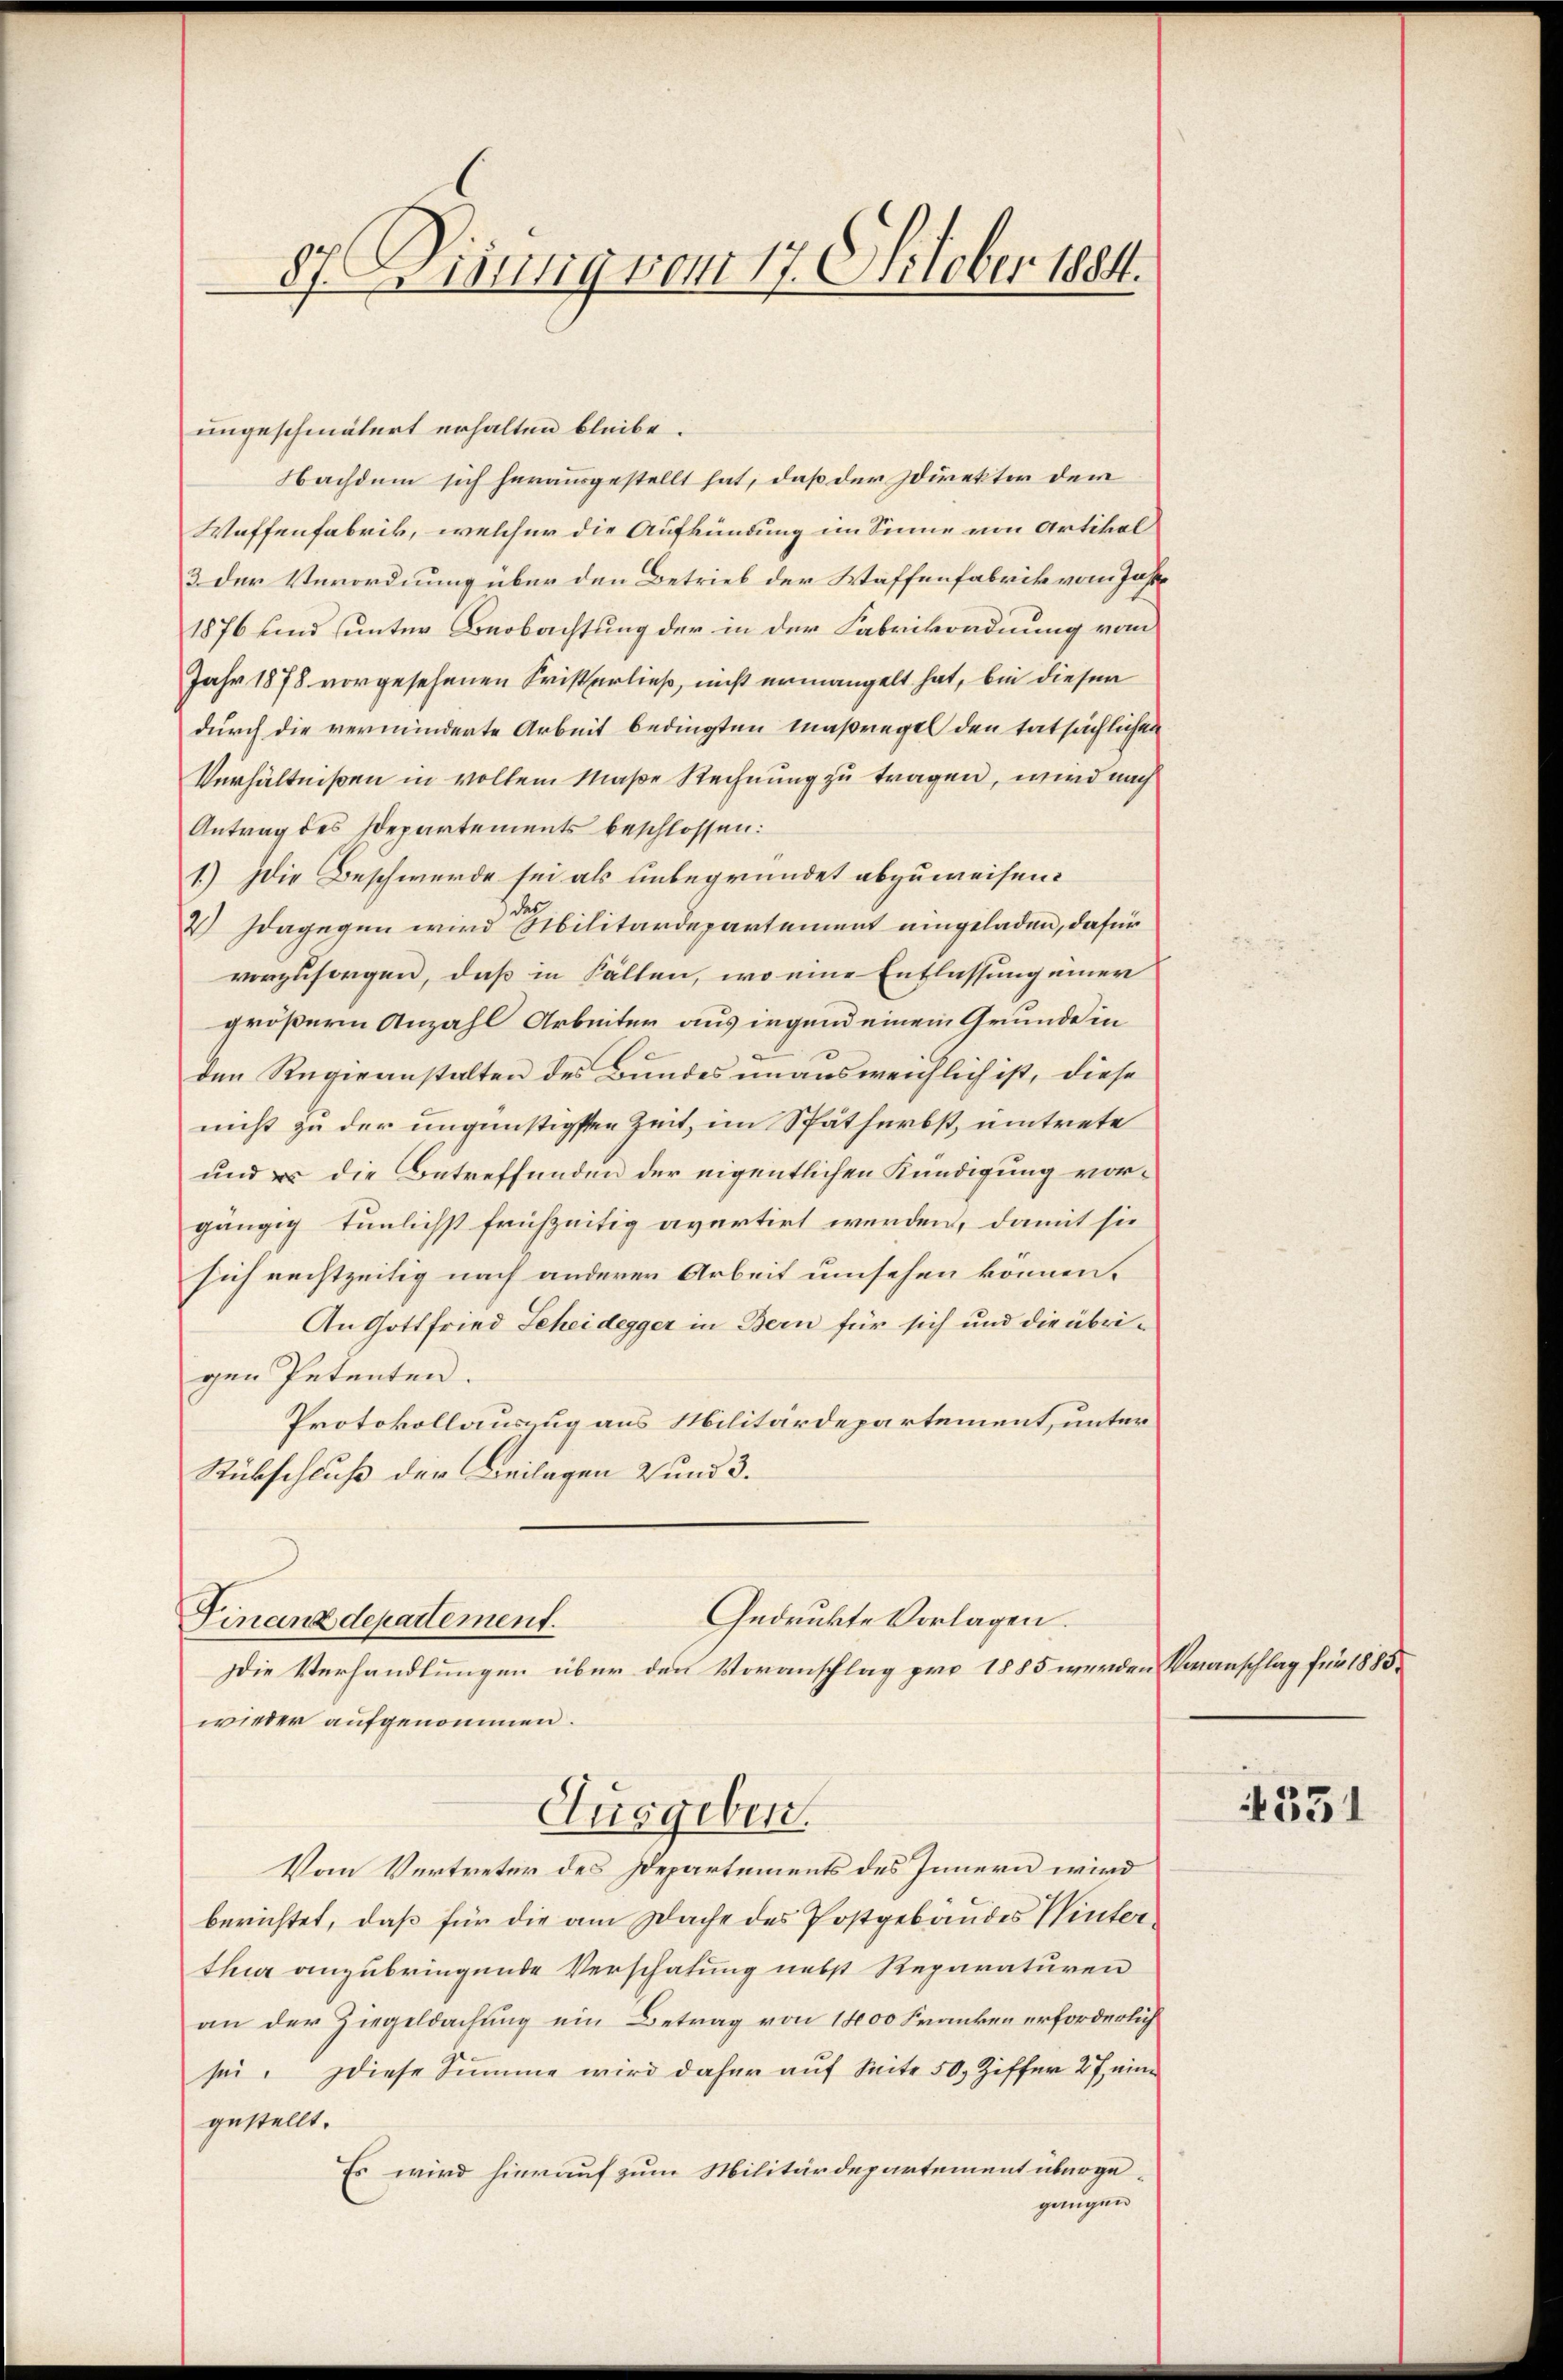
87. Dirung vom 17. Oktober 1884.

ungeschmälert erhalten bleibe.
Nachdem sich herausgestellt hat, daß der Direktor der
Waffenfabrik, welcher die Aufkündung im Sinne von Artikel
3 der Verordnung über den Betrieb der Waffenfabrik vom Jahr
1876 und unter Beobachtung der in der Fabrikordnung vom
Jahr 1878 vorgesehenen Fristerließ, nicht ermangelt hat, bei diesen
durch die verminderte Arbeit bedingten Maßregel den tatsächlichen
Verhältnißen in vollem Maße Rechnung zu tragen, wird nach
Antrag des Departements beschlossen:
1) die Beschwerde sei als unbegründet abzuweisen.
des
W Idagegen wird sibilitärdepartement eingeladen, dafür
vorzusorgen, daß in Fällen, wo eine Entlassung einer
größern Anzahl Arbeiter aus irgend einem Grunde in
den Regieanstalten des Bundes unausweichlich ist, diese
nicht zu der ungünstigsten Zeit, im Spätherbst, untrete
und er die Betreffenden der eigentlichen Kündigung vorgängig tunlichst frühzeitig avertirt werden, damit sie
sich rechtzeitig nach anderer Arbeit umsehen können.
An Gottfried Scheidegger in Bern für sich und die übrigen Petenten.
Protokollauszug aus Militärdepartement, unter
Rübschluß der Beilagen 2 und 3.
Gedruckte Vorlagen.
Finanzdepartement.
Die Verhandlungen über den Voranschlag pro 1885 werden Kranschlag für 1885
wieder aufgenommen.
Ausgeben.
Vom Vertreter des Departements des Innern wird
berichtet, daß für die am Dache des Postgebäudes Winterthur anzubringende Verschafung nebst Reparaturen
an der Ziegeldachung ein Betrag von 1400 Franken erforderlich
sei. Diese Summe wird daher auf Seite 50. Ziffer 27 eine
gestellt.
Es wird hierauf zum Militärdepartement überge-
gangen

4331